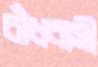
বাঁধবাসী